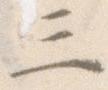
三